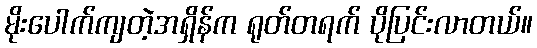
မိုးပေါက်ကျတဲ့အရှိန်က ရုတ်တရက် ပိုပြင်းလာတယ်။